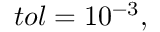
t o l = 1 0 ^ { - 3 } ,